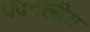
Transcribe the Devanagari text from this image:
पदतलीय